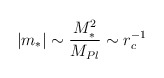
\begin{align*}|m_*| \sim \frac{M_*^2}{M_{Pl}} \sim r_c^{-1}\end{align*}